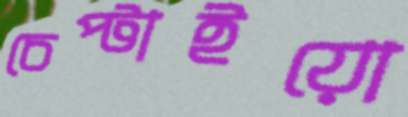
চেপ্‌টাইয়ো